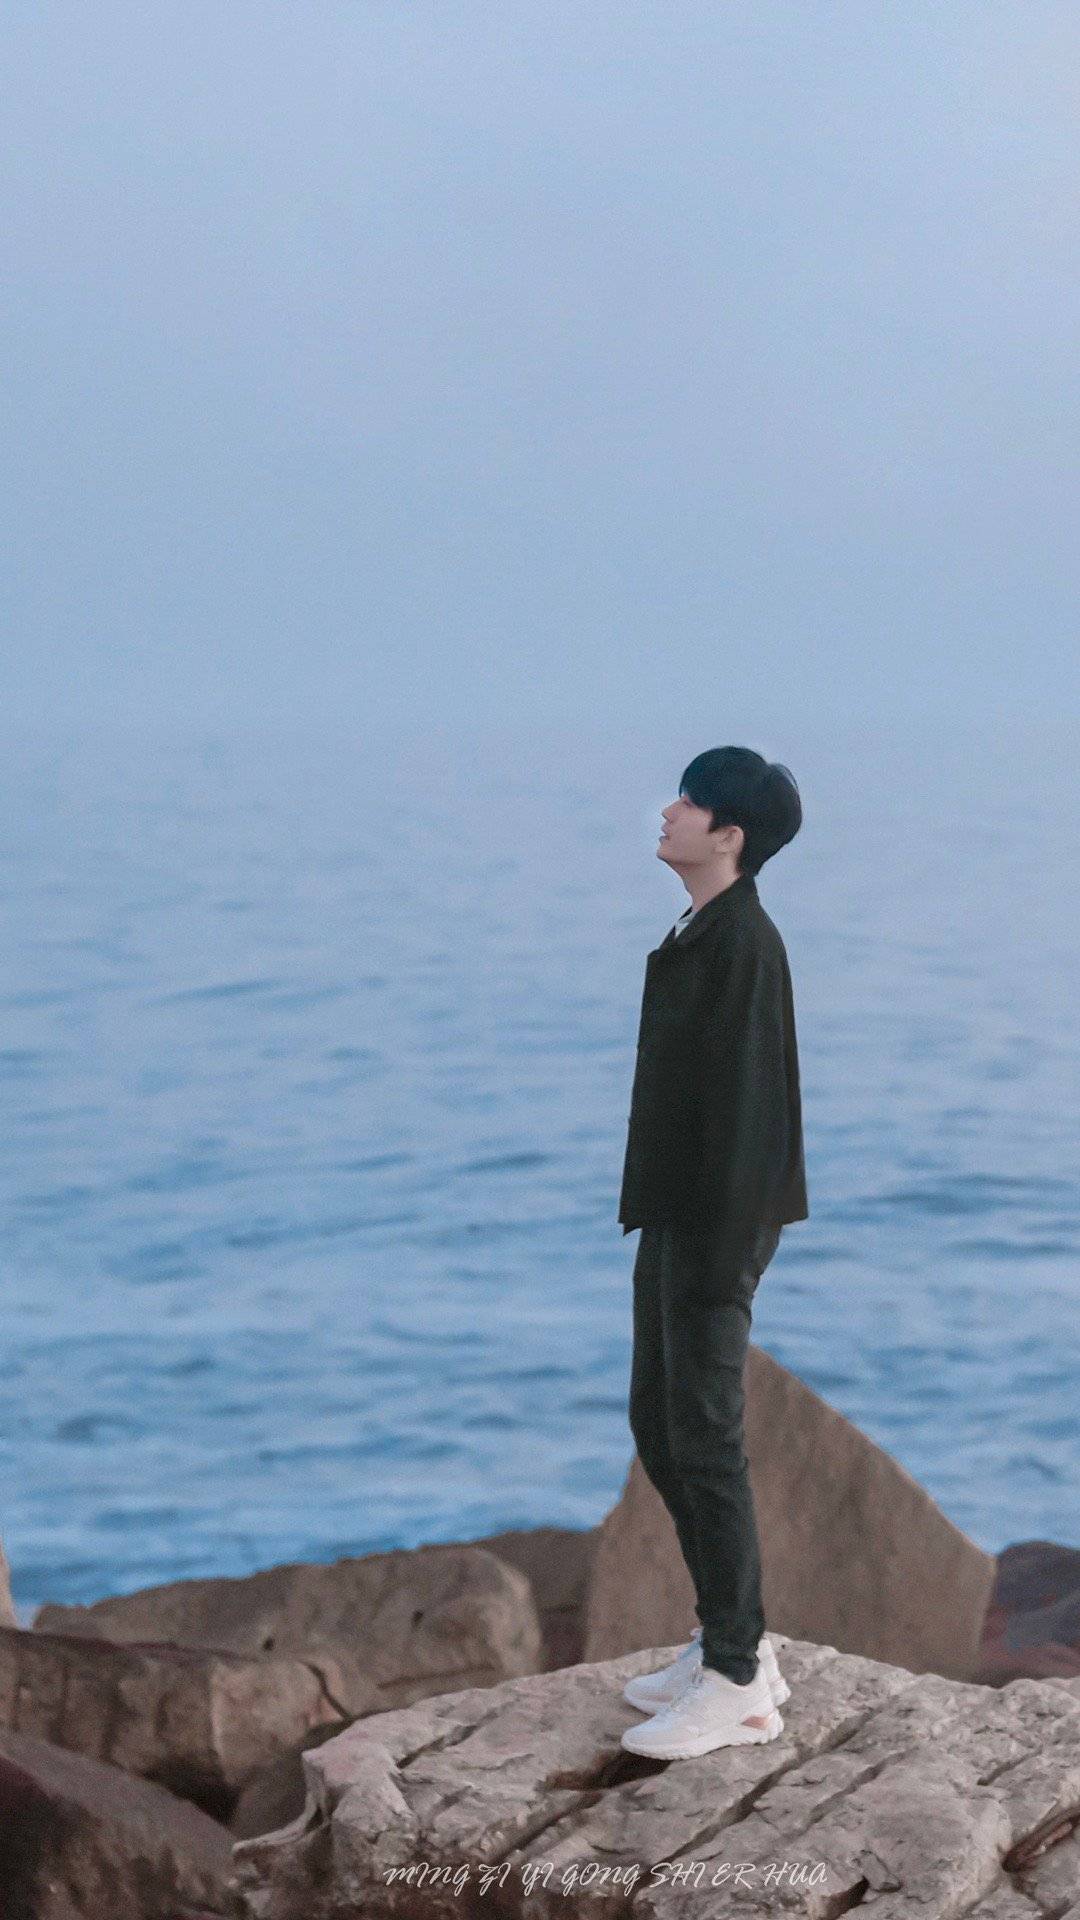
君在阴兮影不见，君依光兮妾所愿。